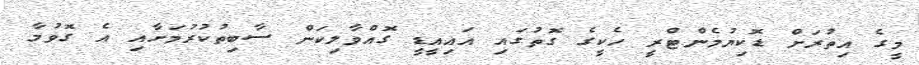
މީގެ އިތުރަށް ޑޮކިޔުމެންޓްރީ ހެކީގެ ގޮތުގައި އައިއީޑީ ގޮއްވާލިކަން ސާބިތުކުރުމަށާއި އެ ގޮވުމާ